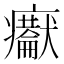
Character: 𤼇